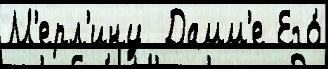
М'ерл'ину  Дамм'е Его́